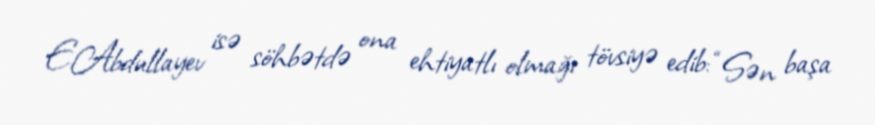
E.Abdullayev isə söhbətdə ona ehtiyatlı olmağı tövsiyə edib: “Sən başa